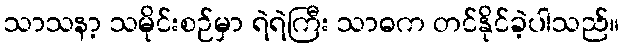
သာသနာ့ သမိုင်းစဉ်မှာ ရဲရဲကြီး သာဓက တင်နိုင်ခဲ့ပါသည်။